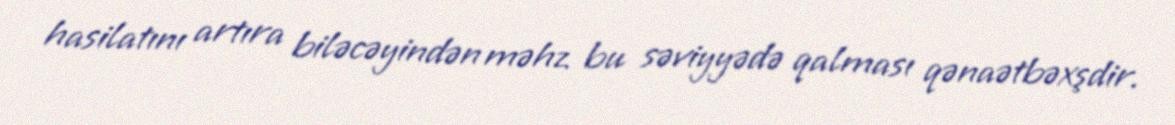
hasilatını artıra biləcəyindən məhz bu səviyyədə qalması qənaətbəxşdir.